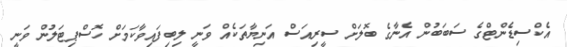
އެކްސިޑެންޓްގެ ސަބަބުން އެނާގެ ބޮލަށް ސީރިއަސް އަނިޔާތަކެއް ވަނީ ލިބިފައިވާކަމަށް ހޮސްޕިޓަލުން ވަނީ